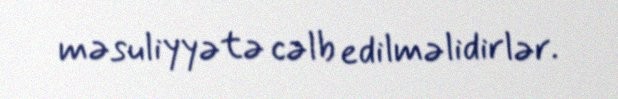
məsuliyyətə cəlb edilməlidirlər.